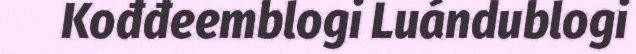
Kođđeemblogi Luándublogi